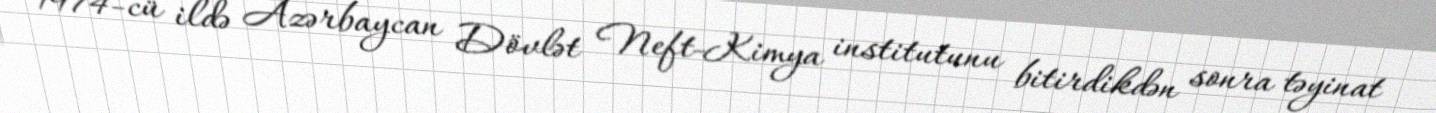
1974-cü ildə Azərbaycan Dövlət Neft-Kimya institutunu bitirdikdən sonra təyinat